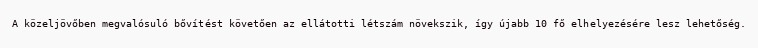
A közeljövőben megvalósuló bővítést követően az ellátotti létszám növekszik, így újabb 10 fő elhelyezésére lesz lehetőség.